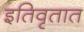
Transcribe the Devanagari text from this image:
इतिवृतात